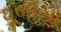
ધૂળીયા